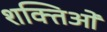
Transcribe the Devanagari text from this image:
शक्तिओं